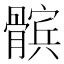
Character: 髌